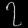
Digit: ၇